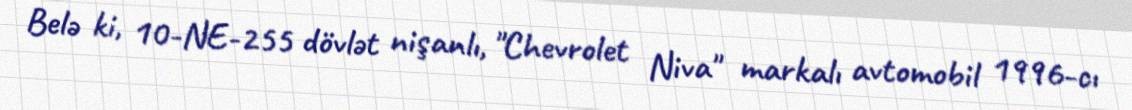
Belə ki, 10-NE-255 dövlət nişanlı, "Chevrolet Niva" markalı avtomobil 1996-cı